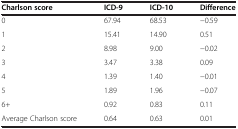
| Charlson score | ICD-9 | ICD-10 | Difference |
 | --- | --- | --- | --- |
 | 0 | 67.94 | 68.53 | −0.59 |
 | 1 | 15.41 | 14.90 | 0.51 |
 | 2 | 8.98 | 9.00 | −0.02 |
 | 3 | 3.47 | 3.38 | 0.09 |
 | 4 | 1.39 | 1.40 | −0.01 |
 | 5 | 1.89 | 1.96 | −0.07 |
 | 6+ | 0.92 | 0.83 | 0.11 |
 | Average Charlson score | 0.64 | 0.63 | 0.01 |